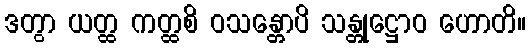
ဒတွာ ယတ္ထ ကတ္ထစိ ဝသန္တောပိ သန္တုဋ္ဌောဝ ဟောတိ။